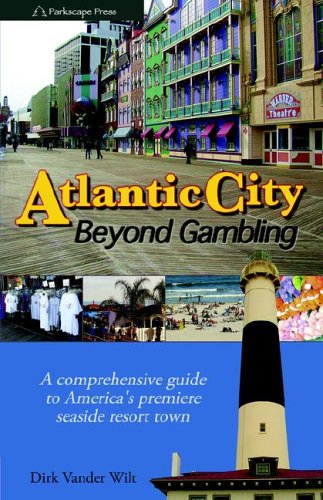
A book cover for Atlantic City: Beyond Gambling; Dirk Vander Wilt; Travel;